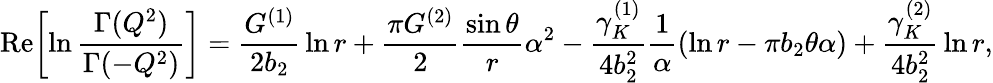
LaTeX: \mathrm{Re}\biggl[\ln{\frac{\Gamma(Q^{2})}{\Gamma(-Q^{2})}}\biggr]={\frac{G^{(1)}}{2b_{2}}}\ln r+{\frac{\pi G^{(2)}}{2}}{\frac{\sin\theta}{r}}\alpha^{2}-{\frac{\gamma_{K}^{(1)}}{4b_{2}^{2}}}{\frac{1}{\alpha}}(\ln r-\pi b_{2}\theta\alpha)+{\frac{\gamma_{K}^{(2)}}{4b_{2}^{2}}}\ln r,